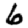
Digit: 6